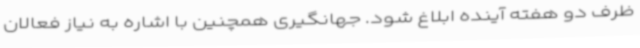
ظرف دو هفته آینده ابلاغ شود. جهانگیری همچنین با اشاره به نیاز فعالان